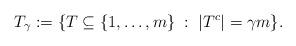
LaTeX: \begin{align*}T_\gamma:=\{ T\subseteq \{1,\ldots,m\} \; :\; |T^c|=\gamma m\}.\end{align*}